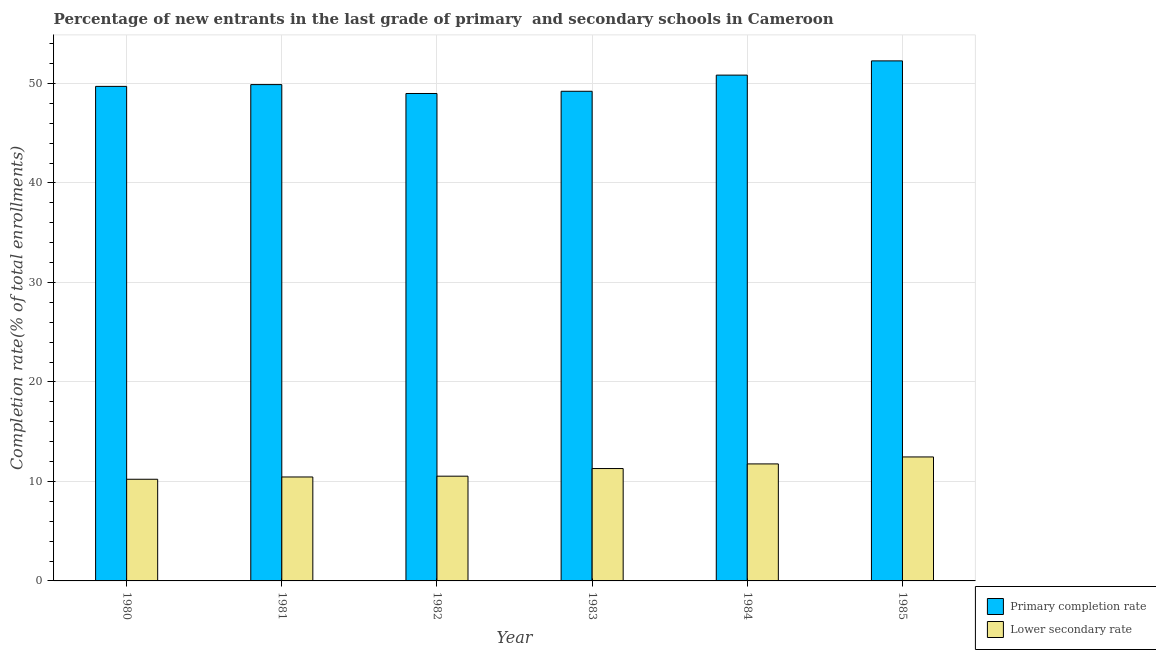
| Year | Primary completion rate | Lower secondary rate |
 | --- | --- | --- |
 | 1980 | 49.7 | 10.2 |
 | 1981 | 49.9 | 10.4 |
 | 1982 | 49 | 10.5 |
 | 1983 | 49.2 | 11.3 |
 | 1984 | 50.8 | 11.8 |
 | 1985 | 52.3 | 12.5 |